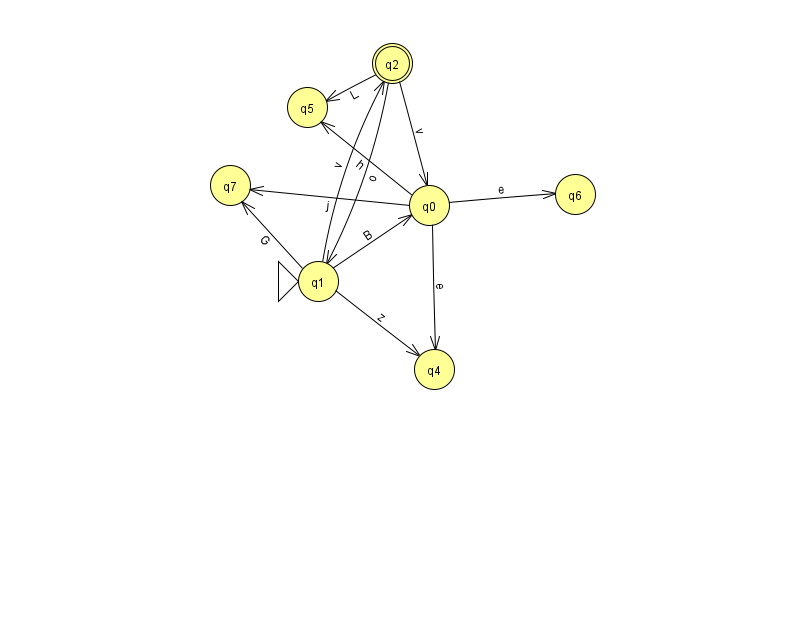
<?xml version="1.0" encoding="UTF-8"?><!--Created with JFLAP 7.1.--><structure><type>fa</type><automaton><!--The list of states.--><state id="0" name="q0"><x>429.0</x><y>192.0</y></state><state id="1" name="q1"><x>318.0</x><y>268.0</y><initial/></state><state id="2" name="q2"><x>392.0</x><y>50.0</y><final/></state><state id="4" name="q4"><x>434.0</x><y>356.0</y></state><state id="5" name="q5"><x>307.0</x><y>94.0</y></state><state id="6" name="q6"><x>575.0</x><y>181.0</y></state><state id="7" name="q7"><x>230.0</x><y>172.0</y></state><!--The list of transitions.--><transition><from>2</from><to>5</to><read>L</read></transition><transition><from>1</from><to>2</to><read>v</read></transition><transition><from>0</from><to>7</to><read>j</read></transition><transition><from>0</from><to>6</to><read>e</read></transition><transition><from>1</from><to>7</to><read>G</read></transition><transition><from>0</from><to>5</to><read>h</read></transition><transition><from>1</from><to>4</to><read>z</read></transition><transition><from>1</from><to>0</to><read>B</read></transition><transition><from>2</from><to>0</to><read>v</read></transition><transition><from>2</from><to>1</to><read>o</read></transition><transition><from>0</from><to>4</to><read>e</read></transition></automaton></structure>